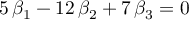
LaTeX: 5 \, \beta _ { 1 } - 1 2 \, \beta _ { 2 } + 7 \, \beta _ { 3 } = 0